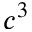
c ^ { 3 }